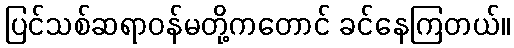
ပြင်သစ်ဆရာဝန်မတို့ကတောင် ခင်နေကြတယ်။